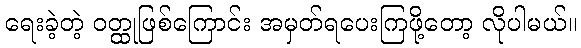
ရေးခဲ့တဲ့ ဝတ္ထုဖြစ်ကြောင်း အမှတ်ရပေးကြဖို့တော့ လိုပါမယ်။